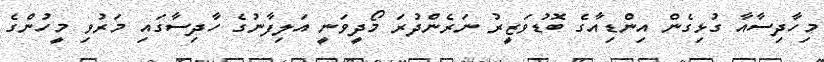
މިހާދިސާއާ ގުޅިގެން އިންޑިއާގެ ބޮޑުވަޒީރު ނަރެންދުރަ މޯދީވަނީ އަލިފާނުގެ ހާދިސާގައި މަރުވި މީހުންގެ